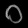
Digit: ၀